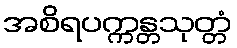
အစိရပက္ကန္တသုတ္တံ